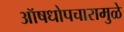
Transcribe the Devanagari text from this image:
ऑषधोपचारामुळे